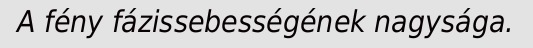
A fény fázissebességének nagysága.